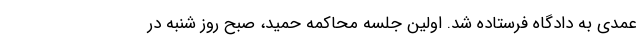
عمدی به دادگاه فرستاده شد. اولین جلسه محاکمه حمید، صبح روز شنبه در